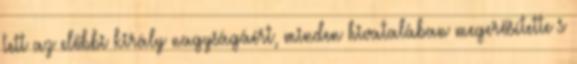
tett az előbbi király nagyságáért, minden hivatalában megerősítette s